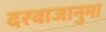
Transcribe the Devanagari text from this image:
दरवाजानुमा